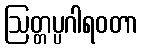
ဩတ္တပ္ပဂါရဝတာ